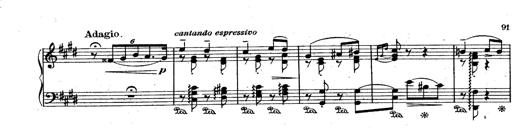
Title: Le rossignol
Composer: Franz Liszt